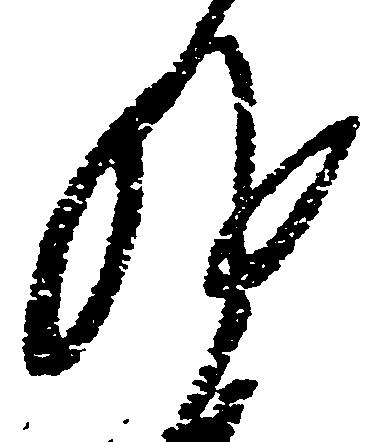
執